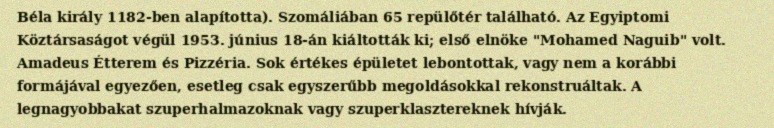
Béla király 1182-ben alapította). Szomáliában 65 repülőtér található. Az Egyiptomi Köztársaságot végül 1953. június 18-án kiáltották ki; első elnöke "Mohamed Naguib" volt. Amadeus Étterem és Pizzéria. Sok értékes épületet lebontottak, vagy nem a korábbi formájával egyezően, esetleg csak egyszerűbb megoldásokkal rekonstruáltak. A legnagyobbakat szuperhalmazoknak vagy szuperklasztereknek hívják.